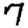
Digit: 7